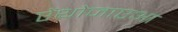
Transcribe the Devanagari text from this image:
ऐंथोजाएआ